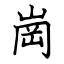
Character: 崗